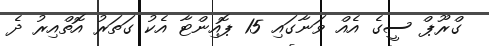
ގްރޫޕް ސީގެ އެއް ވަނާގައި 15 ޕޮއިންޓާ އެކު ގަތަރު އޮތްއިރު ދެ